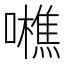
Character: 𡃼